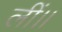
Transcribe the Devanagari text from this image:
लीं।।